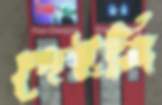
দেইনি